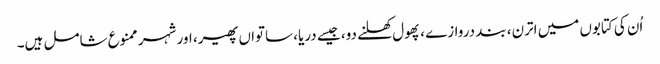
اُن کی کتابوں میں اترن، بند دروازے ، پھول کھلنے دو، جیسے دریا، ساتواں پھیر، اور شہر ممنوع شامل ہیں۔